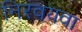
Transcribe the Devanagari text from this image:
निरवयवा